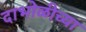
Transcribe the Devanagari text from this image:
दाभोळीच्या